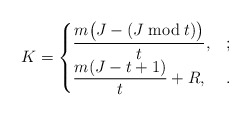
\begin{align*} K=\begin{cases}\displaystyle\frac{m\bigl(J-(J\bmod t)\bigr)}{t}, & ;\\ \displaystyle\frac{m(J-t+1)}{t}+R,& .\end{cases}\end{align*}